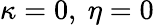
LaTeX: \kappa=0,\ \eta=0